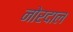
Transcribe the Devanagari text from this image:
नोरदाल